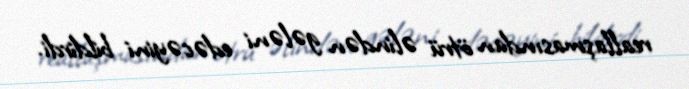
reallaşmasından ötrü əlindən gələni edəcəyini bildirdi.